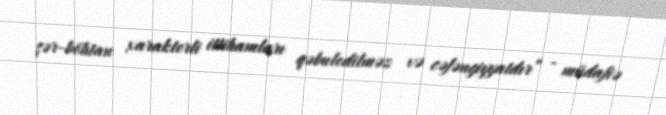
şər-böhtan xarakterli ittihamları qəbuledilməz və cəfəngiyyatdır” - müdafiə